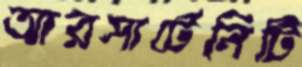
আরসার্টেনিটি